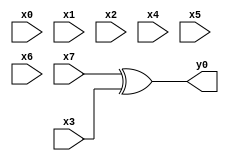
module top( x0 , x1 , x2 , x3 , x4 , x5 , x6 , x7 , y0 );
  input x0 , x1 , x2 , x3 , x4 , x5 , x6 , x7 ;
  output y0 ;
  wire n9 ;
  assign n9 = x7 ^ x3 ;
  assign y0 = n9 ;
endmodule